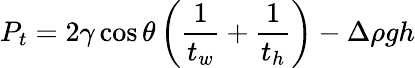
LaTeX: P_{t}=2\gamma\cos{\theta}\left(\frac{1}{t_{w}}+\frac{1}{t_{h}}\right)-\Delta\rho gh